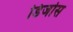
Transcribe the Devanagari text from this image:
डिजोस